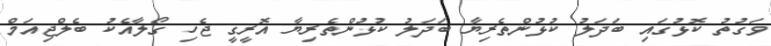
ވަގުތު ކޮޅުގައި ބަދަލު ކުޅުންތެރިޔާ ބަދަލު ކުޅުންތެރިޔާ އޮރީގީ ޖެހި ގޯލާއެކު ބެލްޖިއަމް